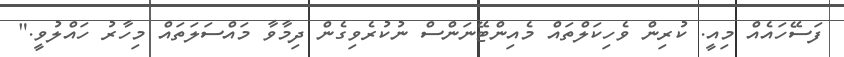
ފަސޭހައެއް މިއީ. ކުރިން ވެހިކަލްތައް މެއިންޓޭނަންސް ނުކުރެވިގެން ދިމާވާ މައްސަލަތައް މިހާރު ހައްލުވީ."